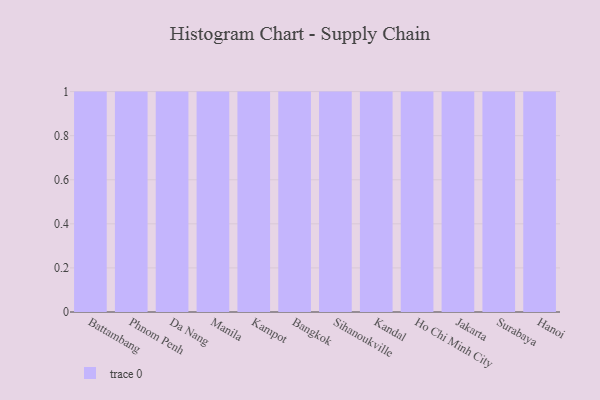
{"axis": {"x": "City", "y": "Production Output"}, "legend": [""], "data": [{"x": "Battambang", "y": 80, "type": ""}, {"x": "Phnom Penh", "y": 27, "type": ""}, {"x": "Da Nang", "y": 19, "type": ""}, {"x": "Manila", "y": 38, "type": ""}, {"x": "Kampot", "y": 69, "type": ""}, {"x": "Bangkok", "y": 16, "type": ""}, {"x": "Sihanoukville", "y": 89, "type": ""}, {"x": "Kandal", "y": 56, "type": ""}, {"x": "Ho Chi Minh City", "y": 47, "type": ""}, {"x": "Jakarta", "y": 60, "type": ""}, {"x": "Surabaya", "y": 24, "type": ""}, {"x": "Hanoi", "y": 5, "type": ""}]}